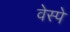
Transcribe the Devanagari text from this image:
वेस्पे